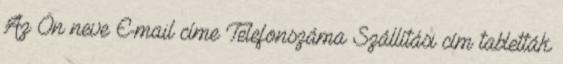
Az Ön neve E-mail címe Telefonszáma Szállítási cím tabletták